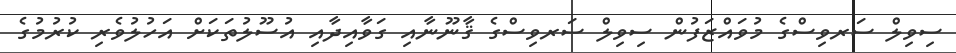
ސިވިލް ސަރވިސްގެ މުވައްޒަފުން ސިވިލް ސަރވިސްގެ ޤާނޫނާއި ގަވާއިދާއި އުސޫލުތަކަށް އަހުލުވެރި ކުރުމުގެ